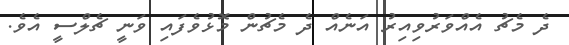
ދެ މެޗު އެއްވަރުވިއިރު އަނެއް ދެ މެޗުން މޮޅުވެފައި ވަނީ ޗެލްސީ އެވެ.